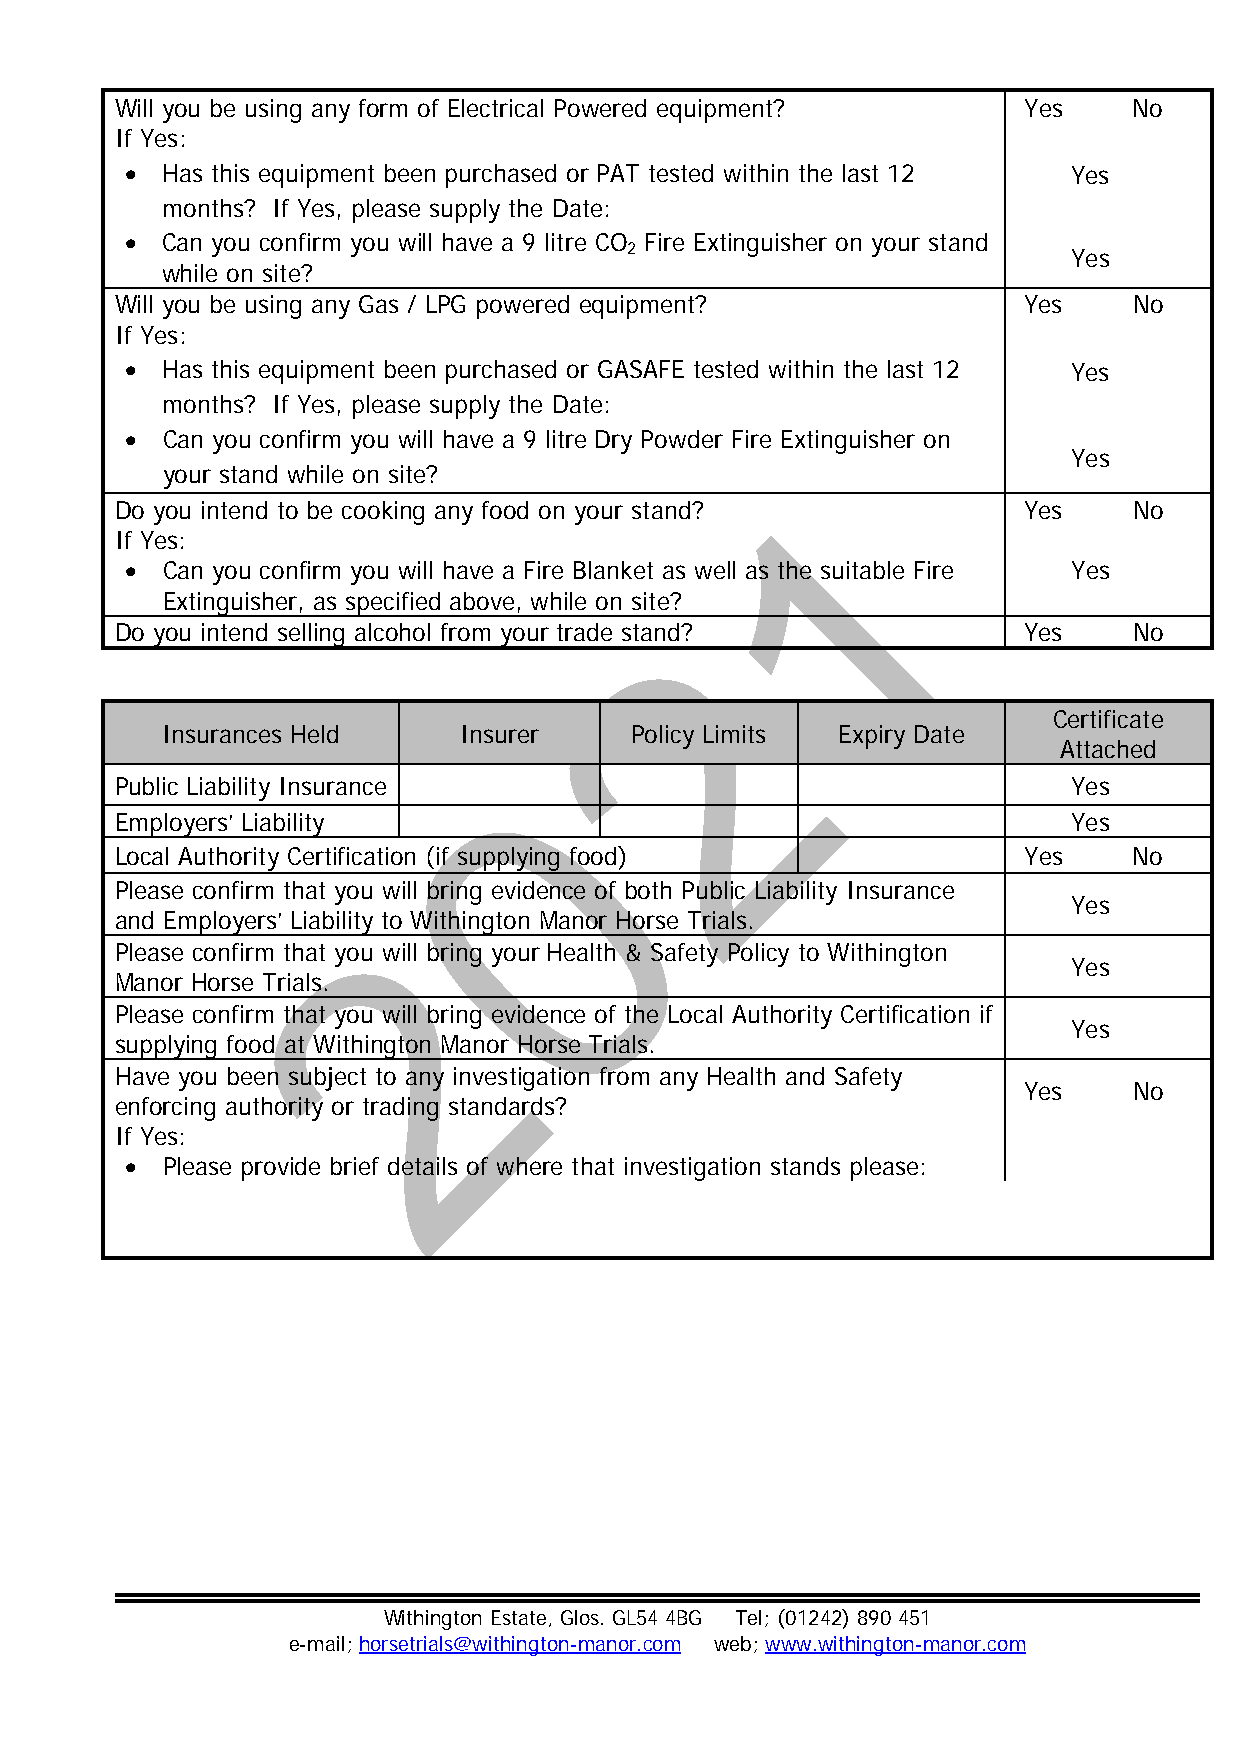
Will you be using any form of Electrical Powered equipment? Yes    No
 If Yes:
   Has this equipment been purchased or PAT tested within the last 12 Yes
 months? If Yes, please supply the Date:
   Can you confirm you will have a 9 litre CO Fire Extinguisher on your stand
 2                             Yes
 while on site?
 Will you be using any Gas / LPG powered equipment?          Yes    No
 If Yes:
   Has this equipment been purchased or GASAFE tested within the last 12 Yes
 months? If Yes, please supply the Date:
   Can you confirm you will have a 9 litre Dry Powder Fire Extinguisher on
 Yes
 your stand while on site?
 Do you intend to be cooking any food on your stand? 1       Yes    No
 If Yes:
   Can you confirm you will have a Fire Blanket as well as the suitable Fire Yes
 Extinguisher, as specified above, while on site?
 Do you intend selling alcohol from your trade stand?        Yes    No
 2
 Certificate
 Insurances Held    Insurer     Policy Limits Expiry Date
 Attached
 Public Liability Insurance                                     Yes
 0
 Employers’ Liability                                           Yes
 Local Authority Certification (if supplying food)           Yes    No
 Please confirm that you will bring evidence of both Public Liability Insurance
 Yes
 and Employers’ Liability to Withington Manor Horse Trials.
 Please confirm that you w2ill bring your Health & Safety Policy to Withington
 Yes
 Manor Horse Trials.
 Please confirm that you will bring evidence of the Local Authority Certification if
 Yes
 supplying food at Withington Manor Horse Trials.
 Have you been subject to any investigation from any Health and Safety
 Yes    No
 enforcing authority or trading standards?
 If Yes:
   Please provide brief details of where that investigation stands please:
 Withington Estate, Glos. GL54 4BG Tel; (01242) 890 451
 e-mail; horsetrials@withington-manor.com web; www.withington-manor.com